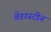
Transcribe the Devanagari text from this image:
वेंडरस्टीन